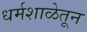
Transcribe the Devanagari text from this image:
धर्मशाळेतून